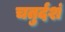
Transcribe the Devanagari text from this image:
चतुर्दशं